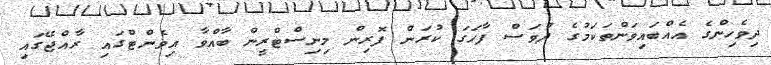
ދިވެހިންގެ އެއްބައިވަންތަކަމުގެ ދުވަސް ފާހަގަ ކުރަން ފޮރިން މިނިސްޓްރީން ބާއްވާ އިވެންޓްގައި ރާއްޖޭގައި